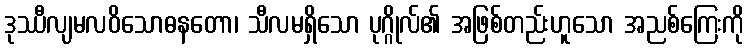
ဒုဿီလျမလဝိသောဓနတော၊ သီလမရှိသော ပုဂ္ဂိုလ်၏ အဖြစ်တည်းဟူသော အညစ်ကြေးကို